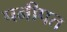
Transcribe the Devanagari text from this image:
पनीपत